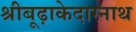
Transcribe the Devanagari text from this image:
श्रीबूढ़ाकेदारनाथ